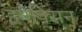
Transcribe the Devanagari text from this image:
इमैक्सिन